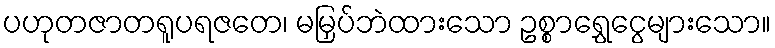
ပဟုတဇာတရူပရဇတေ၊ မမြှပ်ဘဲထားသော ဥစ္စာရွှေငွေများသော။